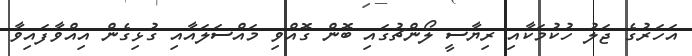
އަހަރުގެ ޖަލު ހުކުމަކާއި ރިޔާސީ ލޯންޗުގައި ބޮން ގޮއްވި މައްސަލައާއި ގުޅިގެން އިއްވާފައިވާ